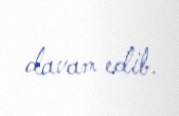
davam edib.